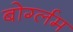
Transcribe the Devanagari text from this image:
बोर्ग्लम